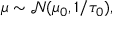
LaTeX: \mu \sim { \mathcal { N } } ( \mu _ { 0 } , 1 / \tau _ { 0 } ) ,